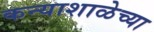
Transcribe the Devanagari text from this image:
कन्याशाळेच्या